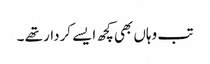
تب وہاں بھی کچھ ایسے کردار تھے ۔